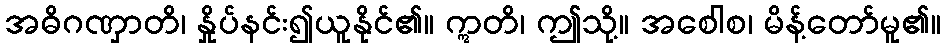
အဓိဂဏှာတိ၊ နှိုပ်နင်း၍ယူနိုင်၏။ ဣတိ၊ ဤသို့။ အစေါစ၊ မိန့်တော်မူ၏။